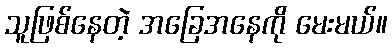
သူဖြစ်နေတဲ့ အခြေအနေကို မေးမယ်။